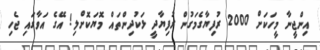
އިންޖީނާ މީހަކަށް 2000 ރުފިޔާގެމަގުން ރުފިޔާދީ ޅަކުދިންތައް މޮޔަކޮށްލި! އޭގެ އަވާގައި ޖެހި